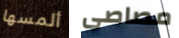
ألمسها مصاصى